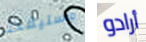
مستيقظ أرادو